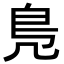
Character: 鳬